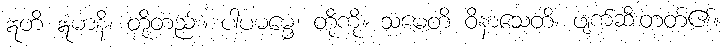
ဣတိ ဣမာနိ၊ တို့တည်း။ ပါပဓမ္မေ၊ တို့ကို။ သမေတိ ဝိနာသေတိ၊ ဖျက်ဆီးတတ်၏။